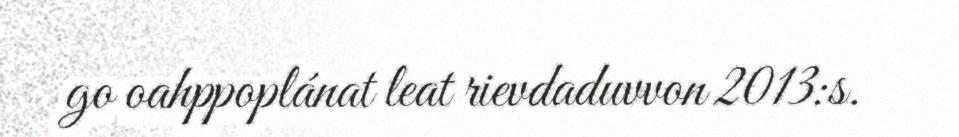
go oahppoplánat leat rievdaduvvon 2013:s.